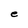
Character: e